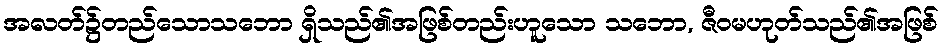
အလတ်၌တည်သောသဘော ရှိသည်၏အဖြစ်တည်းဟူသော သဘော, ဇီဝမဟုတ်သည်၏အဖြစ်